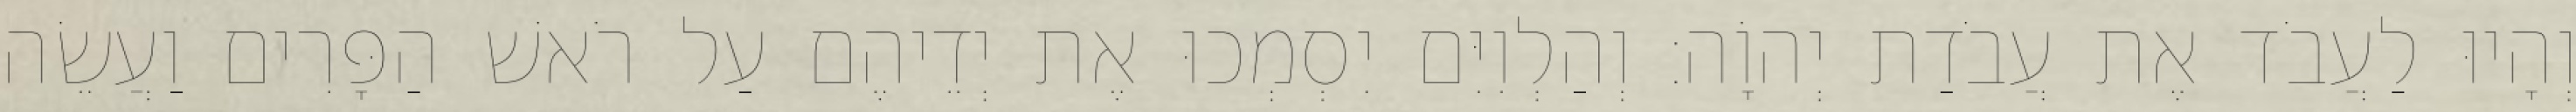
וְהָיוּ לַעֲבֹד אֶת עֲבֹדַת יְהוָֹה׃ וְהַלְוִיִּם יִסְמְכוּ אֶת יְדֵיהֶם עַל רֹאשׁ הַפָּרִים וַעֲשֵׂה